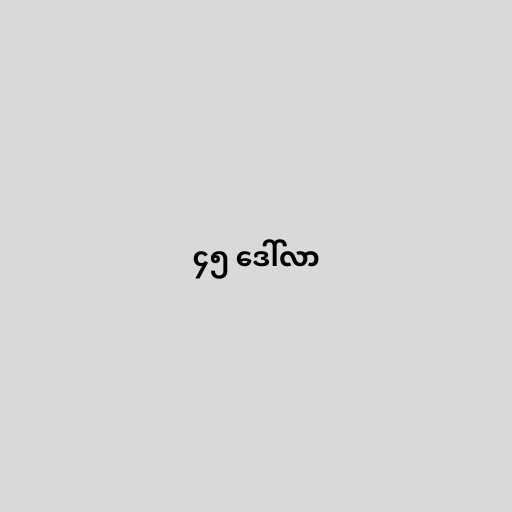
၄၅ ဒေါ်လာ